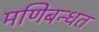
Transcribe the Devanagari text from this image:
मणिबन्धत